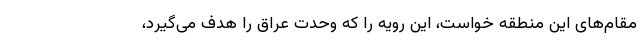
مقام‌های این منطقه خواست، این رویه را که وحدت عراق را هدف می‌گیرد،